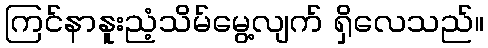
ကြင်နာနူးညံ့သိမ်မွေ့လျက် ရှိလေသည်။